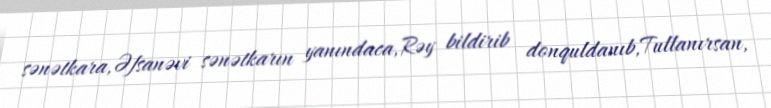
sənətkara,Əfsanəvi sənətkarın yanındaca,Rəy bildirib donquldanıb,Tullanırsan,